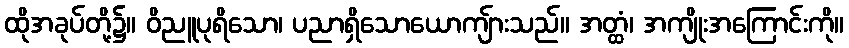
ထိုအခုပ်တို့၌။ ဝိညူပုရိသော၊ ပညာရှိသောယောကျ်ားသည်။ အတ္ထံ၊ အကျိုးအကြောင်းကို။